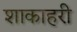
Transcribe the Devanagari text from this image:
शाकाहरी